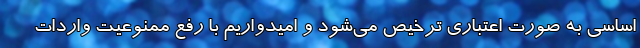
اساسی به صورت اعتباری ترخیص می‌شود و امیدواریم با رفع ممنوعیت واردات